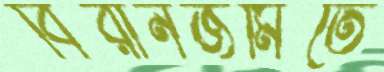
বিরানজমিতে